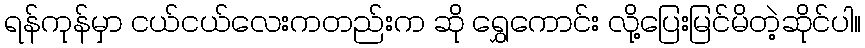
ရန်ကုန်မှာ ငယ်ငယ်လေးကတည်းက ဆို ရွှေကောင်း လို့ပြေးမြင်မိတဲ့ဆိုင်ပါ။